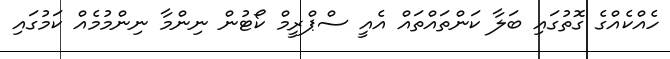
ހެއްކެއްގެ ގޮތުގައި ބަލާ ކަންތައްތައް އެއީ ސްޕްރީމް ކޯޓުން ނިންމާ ނިންމުމެއް ކަމުގައި